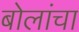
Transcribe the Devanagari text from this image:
बोलांचा